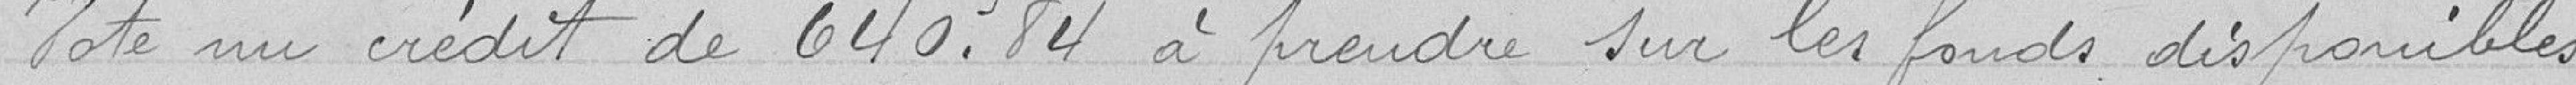
Vote un crédit de 640.84 francs à prendre sur les fonds disponibles